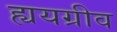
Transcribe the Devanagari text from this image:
ह्ययग्रीव